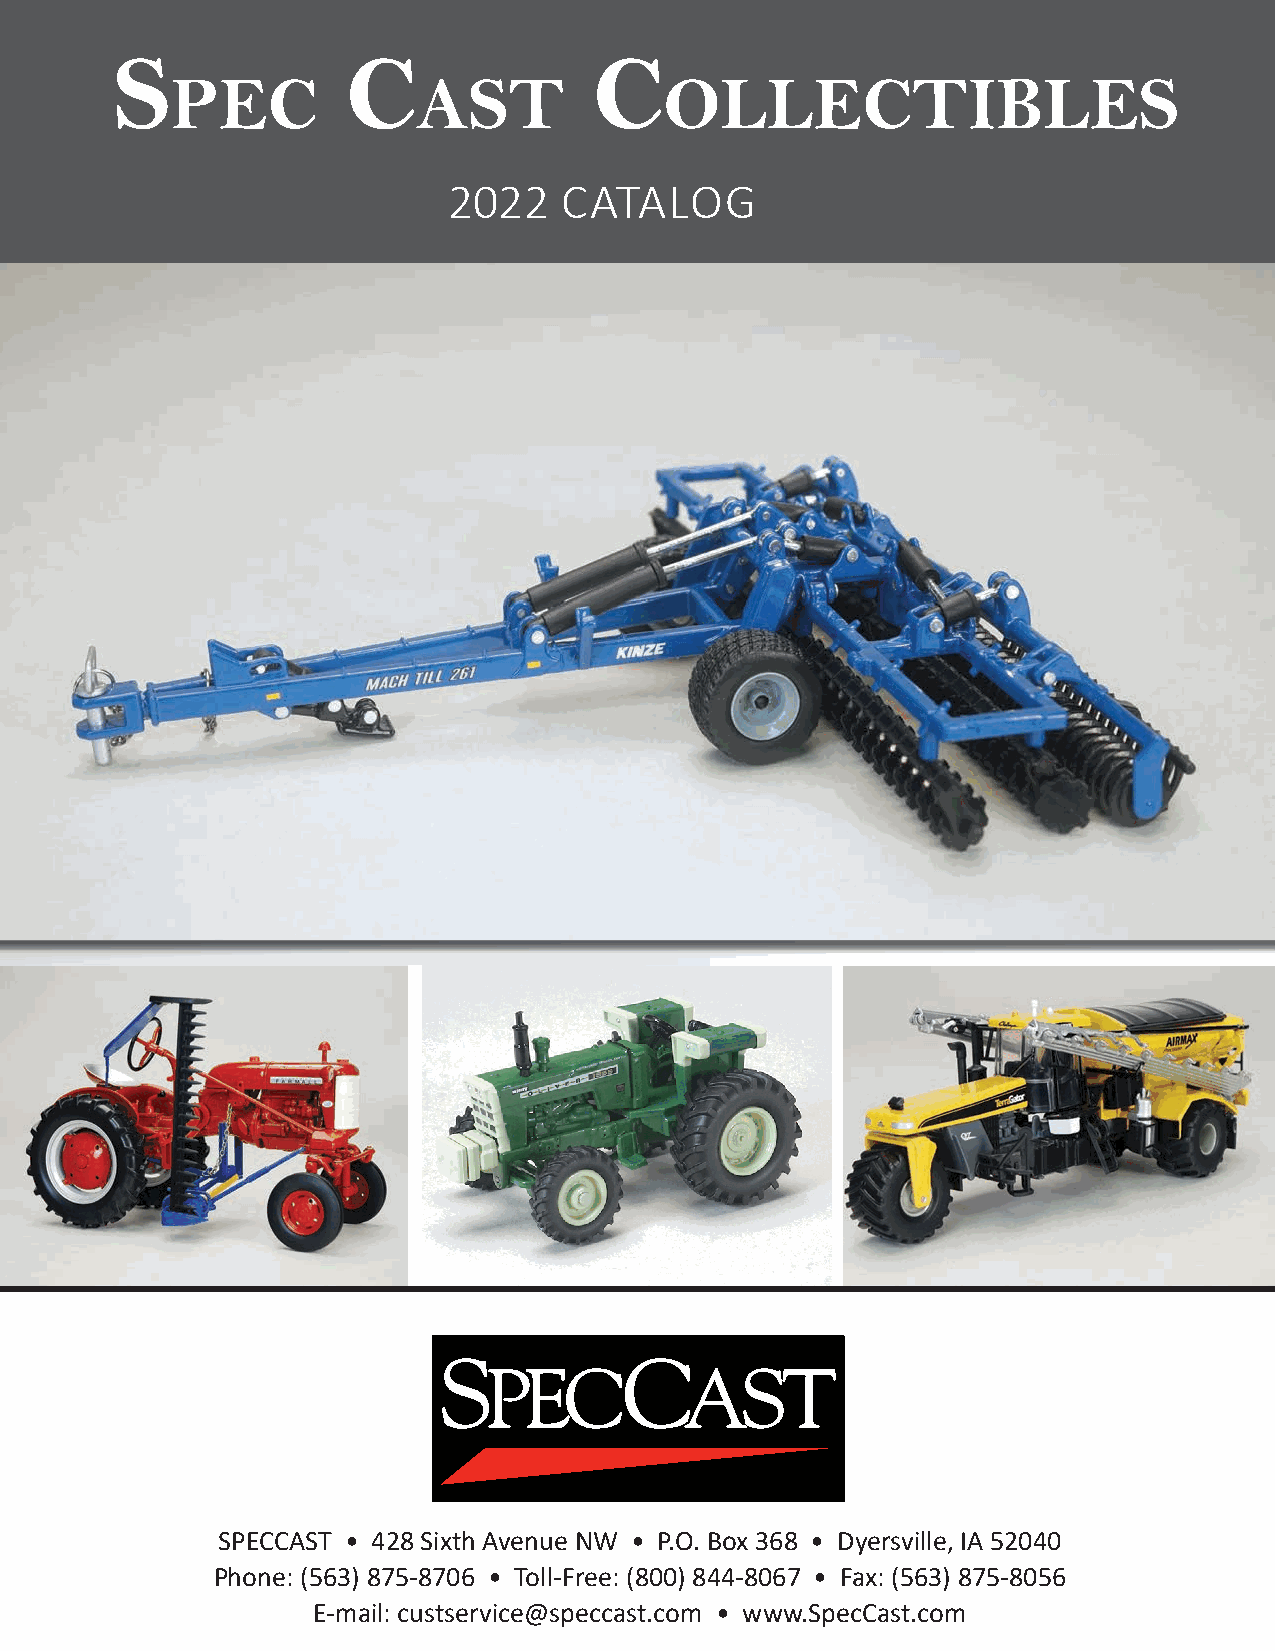
S               C               C
 PEC              AST             OLLECTIBLES
 2022   CATALOG
 SPECCAST • 428 Sixth Avenue NW • P.O. Box 368 • Dyersville, IA 52040
 Phone: (563) 875-8706 • Toll-Free: (800) 844-8067 • Fax: (563) 875-8056
 E-mail: custservice@speccast.com • www.SpecCast.com